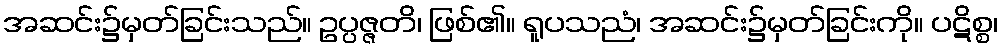
အဆင်း၌မှတ်ခြင်းသည်။ ဥပ္ပဇ္ဇတိ၊ ဖြစ်၏။ ရူပသညံ၊ အဆင်း၌မှတ်ခြင်းကို။ ပဋိစ္စ၊